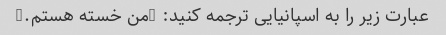
عبارت زیر را به اسپانیایی ترجمه کنید: "من خسته هستم."